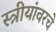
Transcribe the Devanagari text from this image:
स्त्रीयांवरचे